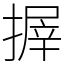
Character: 搱